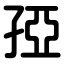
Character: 孲